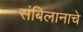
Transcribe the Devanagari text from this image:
संबिलानाचे